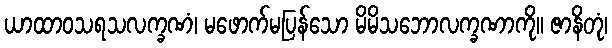
ယာထာဝသရသလက္ခဏံ၊ မဖောက်မပြန်သော မိမိသဘောလက္ခဏာကို။ ဇာနိတုံ၊